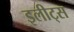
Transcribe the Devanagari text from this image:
इलीट्स